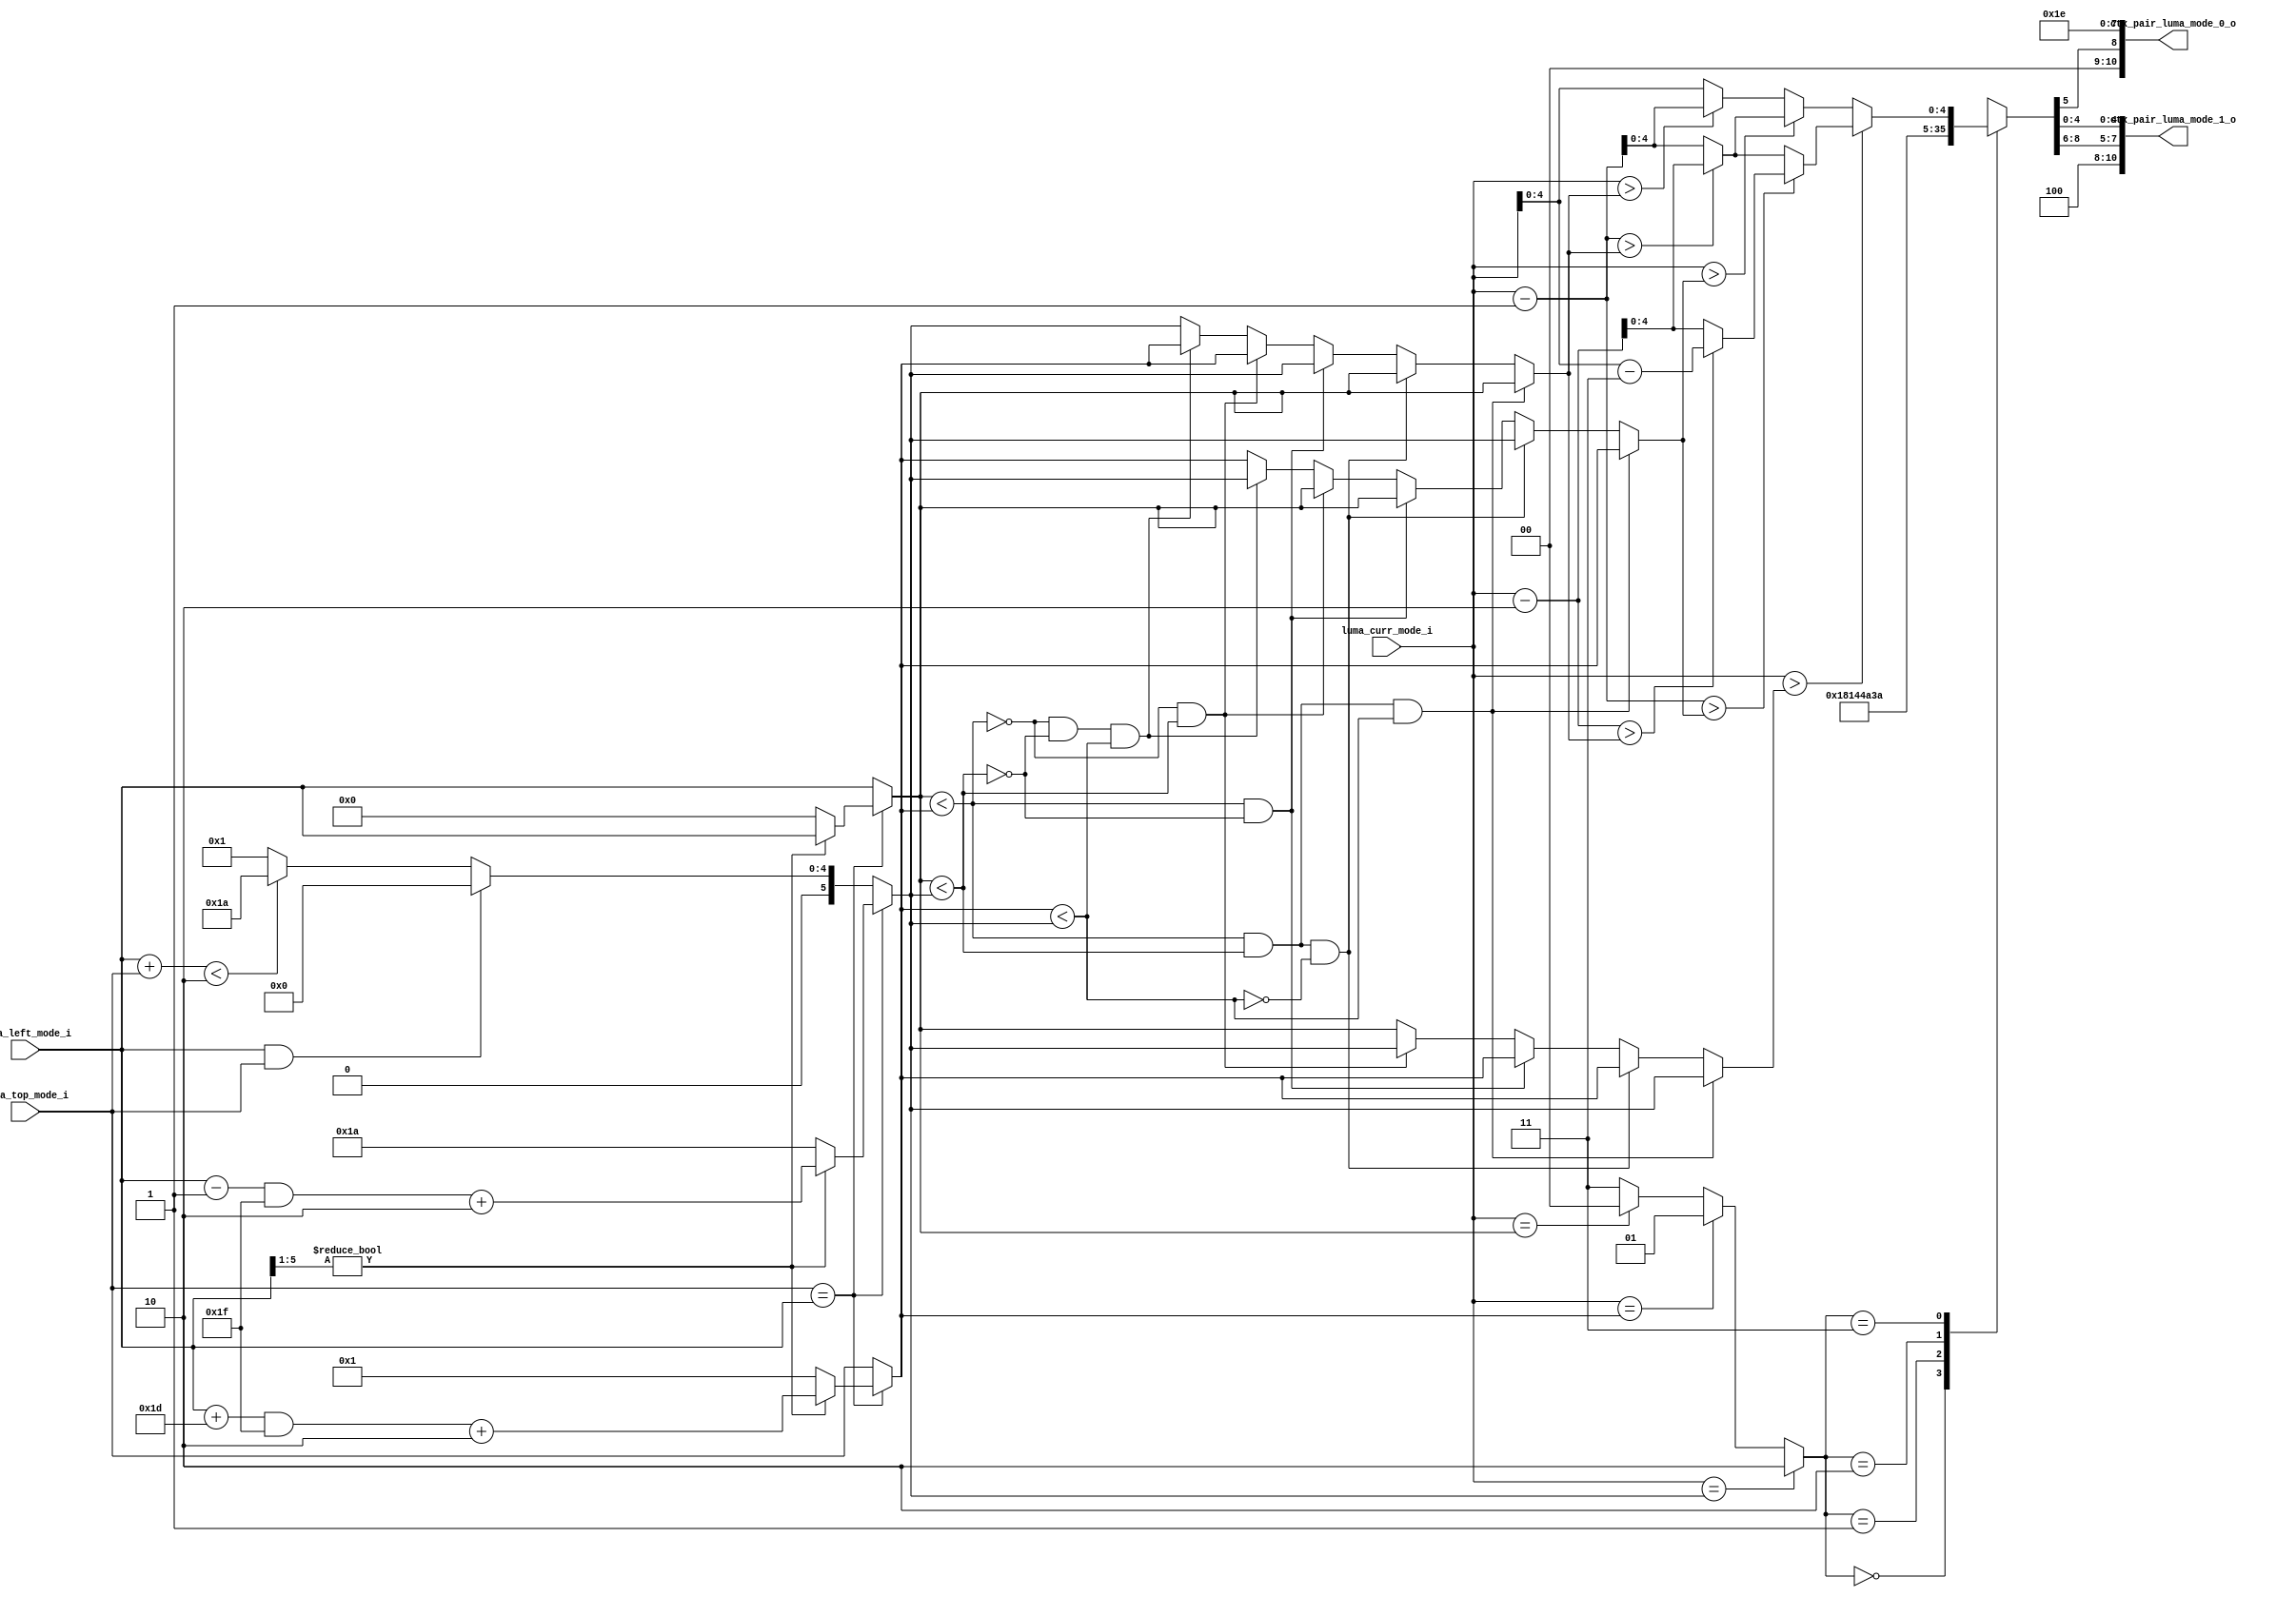
module cabac_cu_binari_intra_luma_mode(
                                // input 
                                luma_curr_mode_i        , 
                                luma_left_mode_i        ,							
                                luma_top_mode_i         ,                     
                                //output 					
                                ctx_pair_luma_mode_0_o  ,					
                                ctx_pair_luma_mode_1_o   				
				 ); 	
				 
//-----------------------------------------------------------------------------------------------------------------------------
//
//                                input signals and output signals 
//
//-----------------------------------------------------------------------------------------------------------------------------
input   [5:0]    luma_curr_mode_i                   ;
input   [5:0]    luma_left_mode_i                   ;
input   [5:0]    luma_top_mode_i                    ;

output  [10:0]    ctx_pair_luma_mode_0_o            ;
output  [10:0]    ctx_pair_luma_mode_1_o            ;

//-----------------------------------------------------------------------------------------------------------------------------
//
//                              reg and wire signals declaration  
//
//-----------------------------------------------------------------------------------------------------------------------------
reg      [5:0]    preds_0_r  ,  preds_1_r  , preds_2_r                   ;
reg      [1:0]    pred_idx_r ;

wire              preds_0_le_1_w    ,preds_0_le_2_w     ,preds_1_le_2_w  ;

reg      [5:0]    preds_0_sort_r    ,preds_1_sort_r     ,preds_2_sort_r  ;

wire     [5:0]    luma_curr_mode_minus1_w                                ;
wire     [5:0]    luma_curr_mode_minus2_w                                ;
wire     [5:0]    luma_curr_mode_minus3_w                                ;
reg      [5:0]    luma_mode_dir_r                                        ;

// calculation prediction candidates : preds_0_r ,preds_1_r ,preds_2_r
always @* begin 
    if(luma_top_mode_i == luma_left_mode_i) begin 
        if(luma_left_mode_i[5:1])   begin //  >6'd1
            preds_0_r  =   luma_left_mode_i                          ;
			preds_1_r  =   ((luma_left_mode_i + 6'd29)&7'd31) + 6'd2 ;
			preds_2_r  =   ((luma_left_mode_i - 6'd1 )&7'd31) + 6'd2 ;   
		end 
		else begin 
		    preds_0_r  =   6'd0               ;
			preds_1_r  =   6'd1               ;
			preds_2_r  =   6'd26              ;
        end 
    end 
	else begin 
        if(luma_left_mode_i && luma_top_mode_i) begin 
	        preds_0_r  =   luma_left_mode_i  ;
	        preds_1_r  =   luma_top_mode_i   ;
			preds_2_r  =   6'd0                ;
	    end 
        else begin 
	        preds_0_r  =   luma_left_mode_i  ;
	        preds_1_r  =   luma_top_mode_i   ;
			preds_2_r  =   (luma_left_mode_i + luma_top_mode_i)<7'd2 ? 6'd26 :6'd1 ;
        end 	
	end 
end 

// most  probably candidates : pred_idx_r
always @* begin 
    if(luma_curr_mode_i == preds_2_r)
        pred_idx_r  =    2'd2   ;
    else if(luma_curr_mode_i == preds_1_r)
        pred_idx_r  =    2'd1   ;
    else if(luma_curr_mode_i == preds_0_r)
        pred_idx_r  =    2'd0   ;						
	else 
	    pred_idx_r  =    2'd3   ;
end

// prediction candidates resorting 										
assign   preds_0_le_1_w   =		preds_0_r  <  preds_1_r   ;
assign   preds_0_le_2_w   =     preds_0_r  <  preds_2_r   ;				
assign   preds_1_le_2_w   =     preds_1_r  <  preds_2_r   ;				
						
always @* begin
	if(preds_0_le_1_w && preds_0_le_2_w && preds_1_le_2_w) begin
		preds_0_sort_r = preds_0_r;
		preds_1_sort_r = preds_1_r;
		preds_2_sort_r = preds_2_r;		
	end
	else if(preds_0_le_1_w && preds_0_le_2_w && (!preds_1_le_2_w) )begin
		preds_0_sort_r = preds_0_r;
		preds_1_sort_r = preds_2_r;	
		preds_2_sort_r = preds_1_r;
	end
	else if(preds_0_le_1_w && (!preds_0_le_2_w) )begin
		preds_0_sort_r = preds_2_r;
		preds_1_sort_r = preds_0_r;
		preds_2_sort_r = preds_1_r;	
	end
	else if((!preds_0_le_1_w) && preds_0_le_2_w) begin
		preds_0_sort_r = preds_1_r;
		preds_1_sort_r = preds_0_r;
		preds_2_sort_r = preds_2_r;
	end
	else if( (!preds_0_le_1_w) && (!preds_0_le_2_w) && preds_1_le_2_w) begin
		preds_0_sort_r = preds_1_r;
		preds_1_sort_r = preds_2_r;
		preds_2_sort_r = preds_0_r;
	end		
	else begin
		preds_0_sort_r = preds_2_r;
		preds_1_sort_r = preds_1_r;
		preds_2_sort_r = preds_0_r;		
	end
end		

// calculation  luma_mode_dir_r : final modified luma mode 

assign luma_curr_mode_minus1_w  = luma_curr_mode_i - 6'd1  ;						
assign luma_curr_mode_minus2_w  = luma_curr_mode_i - 6'd2  ;						
assign luma_curr_mode_minus3_w  = luma_curr_mode_i - 6'd3  ;						
						
always @* begin
	if(luma_curr_mode_i>preds_2_sort_r) begin
		if(luma_curr_mode_minus1_w>preds_1_sort_r) begin
			if(luma_curr_mode_minus2_w>preds_0_sort_r) begin
				luma_mode_dir_r = luma_curr_mode_minus3_w  ;
			end
			else begin
				luma_mode_dir_r = luma_curr_mode_minus2_w  ;
			end
		end	
		else begin
			if(luma_curr_mode_minus1_w>preds_0_sort_r) begin
				luma_mode_dir_r = luma_curr_mode_minus2_w  ;
			end
			else begin
				luma_mode_dir_r = luma_curr_mode_minus1_w   ;	
			end
		end
	end
	else begin
		if(luma_curr_mode_i>preds_1_sort_r) begin
			if(luma_curr_mode_minus1_w>preds_0_sort_r) begin
				luma_mode_dir_r = luma_curr_mode_minus2_w  ;
			end
			else begin
				luma_mode_dir_r = luma_curr_mode_minus1_w  ;
			end
		end
		else begin
			if(luma_curr_mode_i>preds_0_sort_r) begin
				luma_mode_dir_r = luma_curr_mode_minus1_w  ;
			end
			else begin
				luma_mode_dir_r = luma_curr_mode_i         ;
			end
		end	
	end	
end						

//-----------------------------------------------------------------------------------------------------------------------------
//
//                          output signals 
//
//-----------------------------------------------------------------------------------------------------------------------------
reg    [8:0]    bin_string_luma_mode_r                     ;

always @* begin
    case(pred_idx_r)
	    2'd0:	bin_string_luma_mode_r = {3'b001,1'b1,3'b000,1'b0, 1'b0}     ; // 2 bins = 1bin regular + 1bypass
		2'd1:	bin_string_luma_mode_r = {3'b010,1'b1,3'b000,1'b1, 1'b0}     ; // 3 bins = 1bin regular + 2bypass
		2'd2:	bin_string_luma_mode_r = {3'b010,1'b1,3'b000,1'b1, 1'b1}     ; // 3 bins = 1bin regular + 2bypass
		2'd3:	bin_string_luma_mode_r = {3'b101,1'b0, luma_mode_dir_r[4:0]} ; // 6 bins = 1bin regular + 5bypass
    default:    bin_string_luma_mode_r = 9'd0;
	endcase
end						

// coding_mode:0:regular mode,1:invalid,2:bypass mode,3:terminal mode 
// regular:{2'b01, bin, bank_num,addr_idx} {2,1,3,5}  
// bypass :{2'b10,1resverd,bins_num,bin_string} {2,1resverd,3,5}
assign ctx_pair_luma_mode_0_o  =  {2'b00,bin_string_luma_mode_r[5]  ,3'd0, 5'd30};
assign ctx_pair_luma_mode_1_o  =  {2'b10,1'b0,bin_string_luma_mode_r[8:6],bin_string_luma_mode_r[4:0]};




endmodule